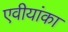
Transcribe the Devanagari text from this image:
एवीयांका